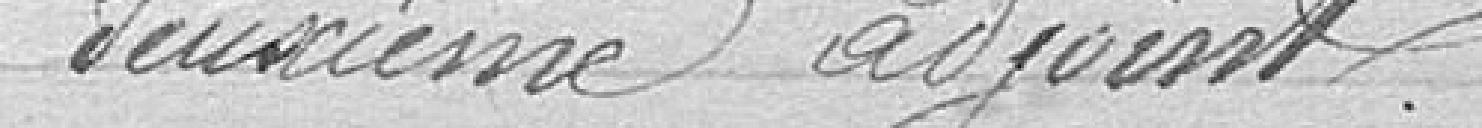
deuxième adjoint.